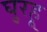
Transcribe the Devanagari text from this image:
घुरहू